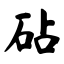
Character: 砧